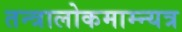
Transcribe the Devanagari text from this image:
तन्त्रालोकमाम्न्यत्र